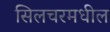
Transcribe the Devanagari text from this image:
सिलचरमधील